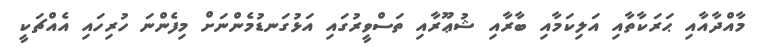
މާއްދާއާއި ޙަރަކާތާއި އަލިކަމާއި ބާރާއި ޝުޢޫރާއި ތަސްވީރުގައި އަޅުގަނޑުމެންނަށް މިފެންނަ ހުރިހައި އެއްޗަކީ